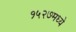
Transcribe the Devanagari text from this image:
१५२७मध्ये